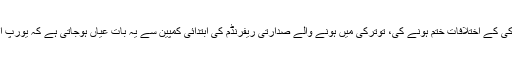
رہی بات مستقبل میں یورپ اور ترکی کے اختلافات ختم ہونے کی، توترکی میں ہونے والے صدارتی ریفرنڈم کی ابتدائی کمپین سے یہ بات عیاں ہوجاتی ہے کہ یورپ اس نظام سے کس قدر بے چین ہے۔